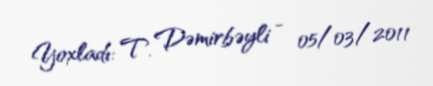
Yoxladı: T. Dəmirbəyli - 05/03/2011